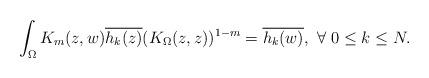
LaTeX: \begin{align*} \int_\Omega K_m(z,w) \overline{h_k(z)} (K_\Omega(z,z))^{1-m}= \overline{h_k(w)}, \ \forall\ 0\leq k \leq N.\end{align*}